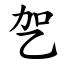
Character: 乫